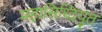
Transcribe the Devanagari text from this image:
महासिध्दियुत